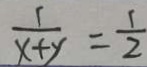
\frac { 1 } { x + y } = \frac { 1 } { 2 }